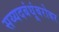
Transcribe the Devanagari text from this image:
सय्यदबंधूंबरोबर